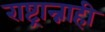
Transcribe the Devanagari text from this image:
राष्ट्रान्नाही